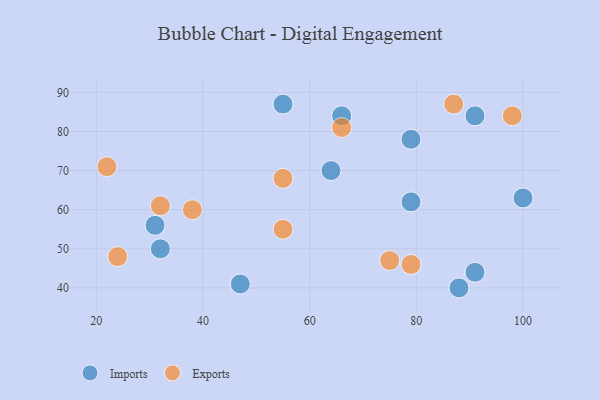
{"axis": {"x": "GDP", "y": "Life Expectancy"}, "legend": ["Exports", "Imports"], "data": [{"x": "64", "y": 70, "type": "Imports"}, {"x": "66", "y": 84, "type": "Imports"}, {"x": "47", "y": 41, "type": "Imports"}, {"x": "32", "y": 50, "type": "Imports"}, {"x": "91", "y": 84, "type": "Imports"}, {"x": "100", "y": 63, "type": "Imports"}, {"x": "79", "y": 62, "type": "Imports"}, {"x": "88", "y": 40, "type": "Imports"}, {"x": "79", "y": 78, "type": "Imports"}, {"x": "55", "y": 87, "type": "Imports"}, {"x": "91", "y": 44, "type": "Imports"}, {"x": "31", "y": 56, "type": "Imports"}, {"x": "79", "y": 46, "type": "Exports"}, {"x": "55", "y": 55, "type": "Exports"}, {"x": "98", "y": 84, "type": "Exports"}, {"x": "66", "y": 81, "type": "Exports"}, {"x": "55", "y": 68, "type": "Exports"}, {"x": "87", "y": 87, "type": "Exports"}, {"x": "38", "y": 60, "type": "Exports"}, {"x": "32", "y": 61, "type": "Exports"}, {"x": "22", "y": 71, "type": "Exports"}, {"x": "75", "y": 47, "type": "Exports"}, {"x": "24", "y": 48, "type": "Exports"}]}